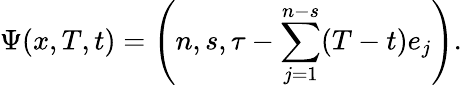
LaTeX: \Psi(x,T,t)=\left(n,s,\tau-\sum_{j=1}^{n-s}(T-t)e_{j}\right).